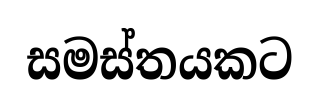
සමස්තයකට